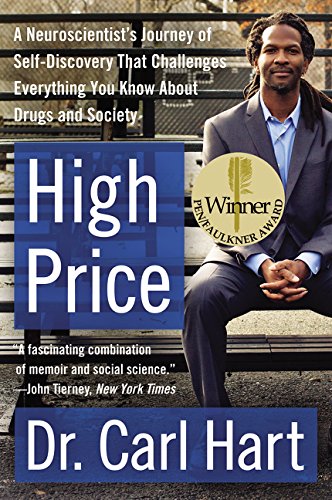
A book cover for High Price: A Neuroscientist's Journey of Self-Discovery That Challenges Everything You Know About Drugs and Society (P.S.); Carl Hart; Medical Books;